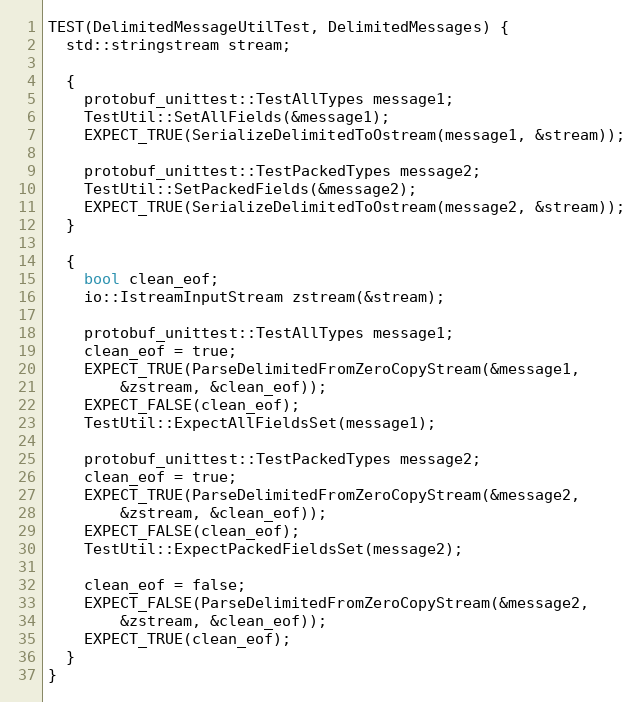
Language: C++
TEST(DelimitedMessageUtilTest, DelimitedMessages) {
  std::stringstream stream;

  {
    protobuf_unittest::TestAllTypes message1;
    TestUtil::SetAllFields(&message1);
    EXPECT_TRUE(SerializeDelimitedToOstream(message1, &stream));

    protobuf_unittest::TestPackedTypes message2;
    TestUtil::SetPackedFields(&message2);
    EXPECT_TRUE(SerializeDelimitedToOstream(message2, &stream));
  }

  {
    bool clean_eof;
    io::IstreamInputStream zstream(&stream);

    protobuf_unittest::TestAllTypes message1;
    clean_eof = true;
    EXPECT_TRUE(ParseDelimitedFromZeroCopyStream(&message1,
        &zstream, &clean_eof));
    EXPECT_FALSE(clean_eof);
    TestUtil::ExpectAllFieldsSet(message1);

    protobuf_unittest::TestPackedTypes message2;
    clean_eof = true;
    EXPECT_TRUE(ParseDelimitedFromZeroCopyStream(&message2,
        &zstream, &clean_eof));
    EXPECT_FALSE(clean_eof);
    TestUtil::ExpectPackedFieldsSet(message2);

    clean_eof = false;
    EXPECT_FALSE(ParseDelimitedFromZeroCopyStream(&message2,
        &zstream, &clean_eof));
    EXPECT_TRUE(clean_eof);
  }
}